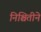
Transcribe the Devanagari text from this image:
निश्चितीने